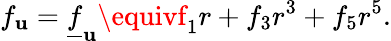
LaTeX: f_{\mathbf{u}}=\underline{{{{f}}}}_{\mathbf{u}}\equivf_{1}r+f_{3}r^{3}+f_{5}r^{5}.